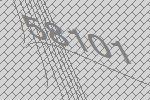
58101